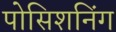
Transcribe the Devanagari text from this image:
पोसिशनिंग